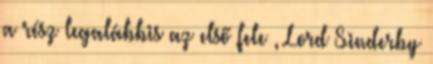
a rész legalábbis az első fele , Lord Sinderby